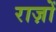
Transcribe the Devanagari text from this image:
राज़ों